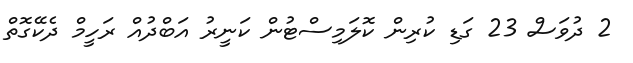
2 ދުވަސް 23 ގަޑި ކުރިން ކޮލަމިސްޓުން ކަނީރު އަބްދުއް ރަހީމް ދެކޭގޮތް